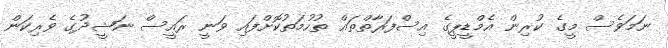
ނަމަވެސް މީގެ ކުރިން އެމްޑީޕީގެ އިސްފަރާތްތައް ތުހުމަތުކޮށްފައި ވަނީ ރައީސް ނަޝީދުގެ ވެރިކަން